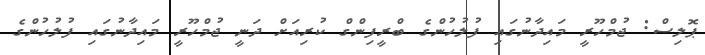
ޕޮލިސް: ޖުމްހޫރީ މައިދާނުގައި ފުލުހުންގެ ބްރީފިންގް ކުރިއަށް ދަނީ ޖުމްހޫރީ މައިދާނުގައި ފުލުހުންގެ